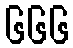
၆၆၆